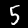
Digit: 5